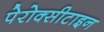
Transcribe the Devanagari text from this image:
पेरोक्सीटाइन